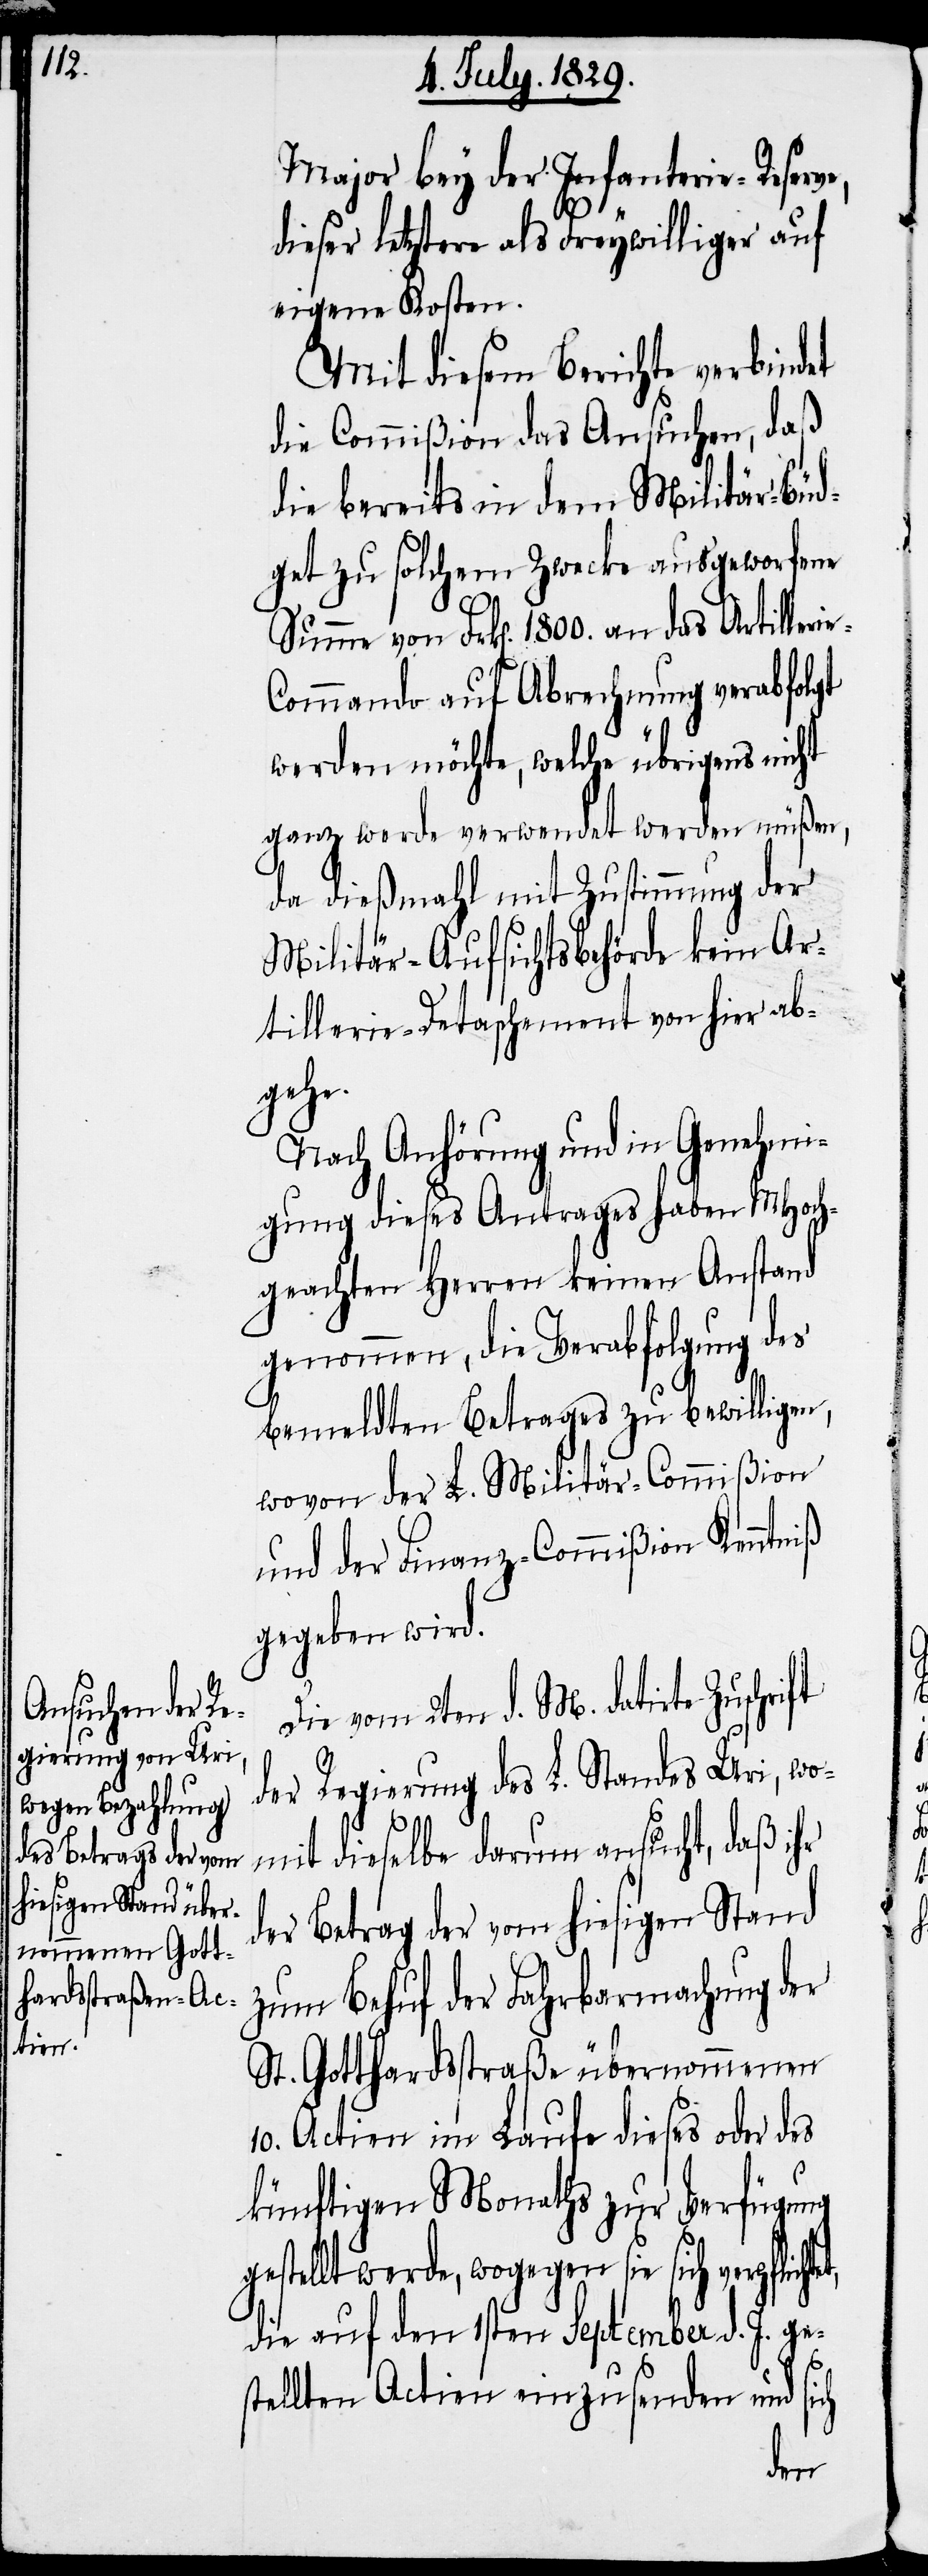
Major bey der Infanterie-Reserve,
dieser letztere als Freywilliger auf
eigene Kosten.
Mit diesem Berichte verbindet
die Commißion das Ansuchen, daß
die bereits in dem Militär-Büd¬
get zu solchem Zwecke ausgeworfene
Summe von Frk[en]. 1800. an das Artillerie-C¬
ommando auf Abrechnung verabfolgt
werden möchte, welche übrigens nicht
ganz werde verwendet werden müßen,
da dießmahl mit Zustimmung der
Militär-Aufsichtsbehörde kein Ar¬
tillerie-Detaschement von hier ab¬
gehe.
Nach Anhörung und in Genehmi¬
gung dieses Antrages haben MHoch¬
geachten Herren keinen Anstand
genommen, die Verabfolgung des
bemeldten Betrages zu bewilligen,
wovon der L. Militär-Commißion
gegeben wird.
Die vom 2ten d. M. datirte Zuschrift
et,
der Regierung des L. Standes Uri, wo¬
mit dieselbe darum ansucht, daß ihr
der Betrag der vom hiesigen Stand
zum Behuf der Fahrbarmachung der
St. Gotthardsstraße übernommenen
10. Actien im Laufe dieses oder des
künftigen Monaths zur Verfügung
gestellt werde, wogegen sie sich verpflicht¬
die auf den 1sten September d. J. ge¬
stellten Actien einzusenden und sich